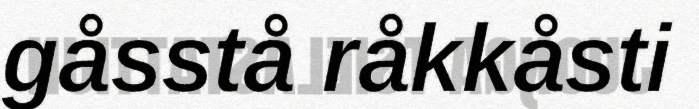
gåsstå råkkåsti